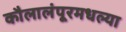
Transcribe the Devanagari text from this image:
कौलालंपूरमधल्या